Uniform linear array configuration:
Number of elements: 16
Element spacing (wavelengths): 0.75
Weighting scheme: binomial
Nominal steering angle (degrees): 15
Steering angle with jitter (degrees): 13.196
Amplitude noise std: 0.05
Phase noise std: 0.05

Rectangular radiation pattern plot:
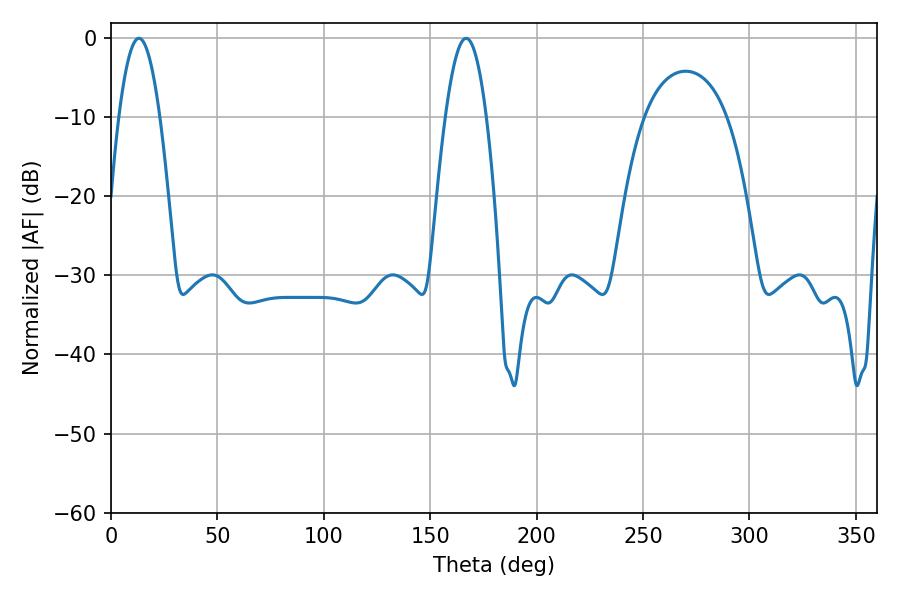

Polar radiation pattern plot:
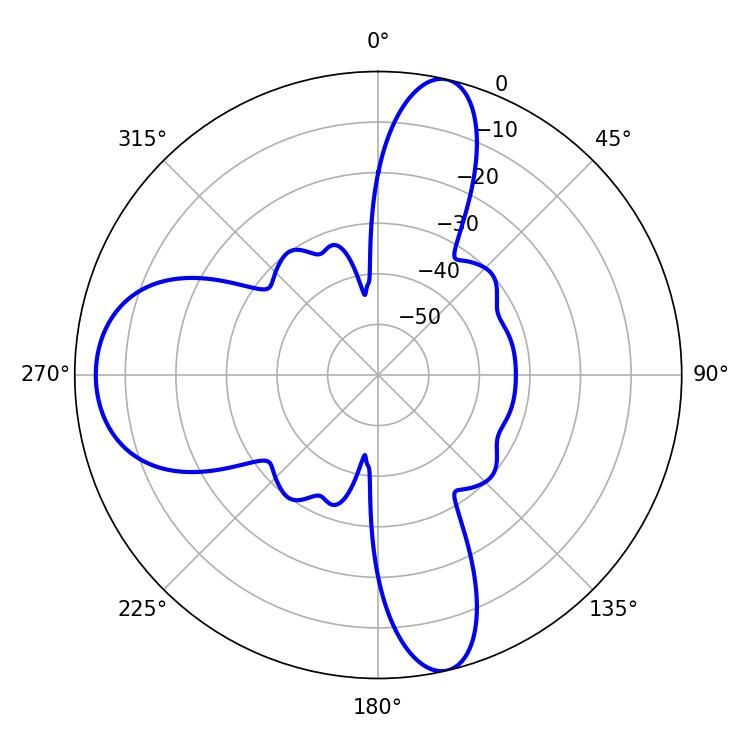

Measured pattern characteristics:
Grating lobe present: TRUE
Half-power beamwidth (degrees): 10.44
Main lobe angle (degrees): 13.14